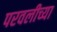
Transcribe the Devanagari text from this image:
परवलीच्या